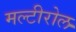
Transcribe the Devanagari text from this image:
मल्टीरोल